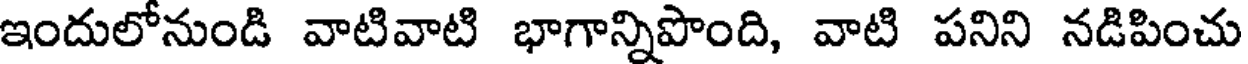
ఇందులోనుండి వాటివాటి భాగాన్నిపొంది, వాటి పనిని నడిపించు